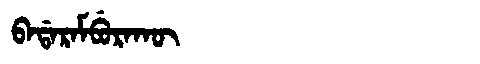
Manchu: ᠪᠠᡩᠠᡵᠠᠮᠪᡠᡵᠠᡴᡡ
Romanization: BADARAMBURAKŪ